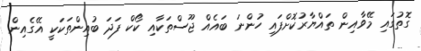
ގޮތުގައި މޭވާއިން ތައްޔާރުކޮށްފައި ހުންނަ ބައެއް ޖޫސްތަކާއި ކޯކް ފަދަ ބުއިންތަކަަކީ އޭގެއިން